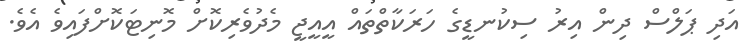
އަދި ޕަލްސް ދިން އިރު ސިކުނޑީގެ ހަރަކާތްތައް އީއީޖީ މެދުވެރިކޮށް މޮނިޓަކޮށްފައިވެ އެވެ.